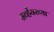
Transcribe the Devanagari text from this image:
सर्व्हेयरच्या